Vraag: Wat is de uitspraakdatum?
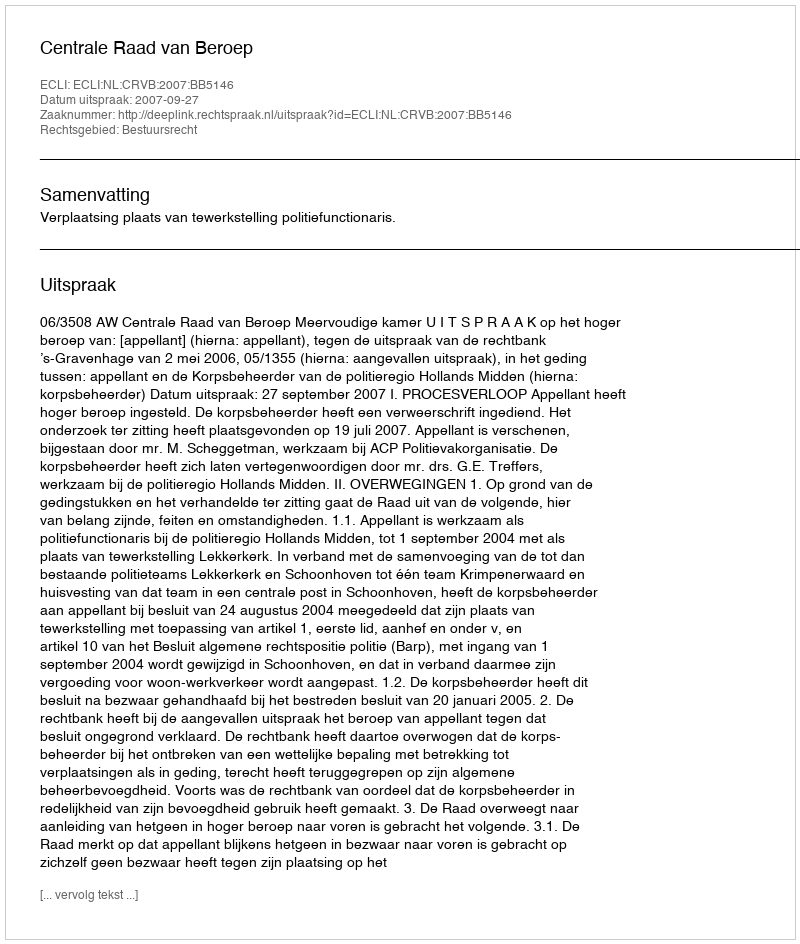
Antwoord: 2007-09-27